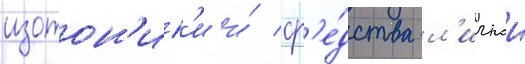
изотон'ик'и и́ ср'е́дства л'ичнои